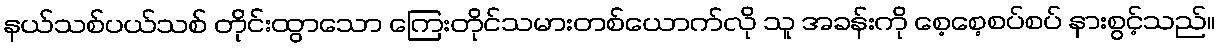
နယ်သစ်ပယ်သစ် တိုင်းထွာသော ကြေးတိုင်သမားတစ်ယောက်လို သူ အခန်းကို စေ့စေ့စပ်စပ် နားစွင့်သည်။